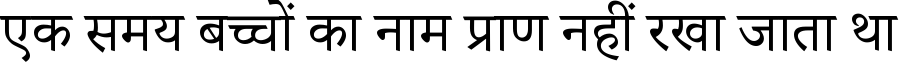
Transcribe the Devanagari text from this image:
एक समय बच्चों का नाम प्राण नहीं रखा जाता था